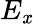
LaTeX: E_{\mathit{x}}